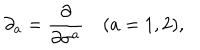
\partial _ { a } = { \frac { \partial } { \partial \sigma ^ { a } } } \quad ( a = 1 , 2 ) ,